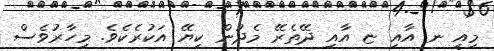
މިއީ ނ އާއި ޏ އާއި ދޭތެރޭ މެދުން ކިޔޭ އަކުރެކެވެ. މިހާރުވެސް